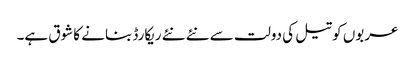
عربوں کو تیل کی دولت سے نئے نئے ریکارڈ بنانے کا شوق ہے۔